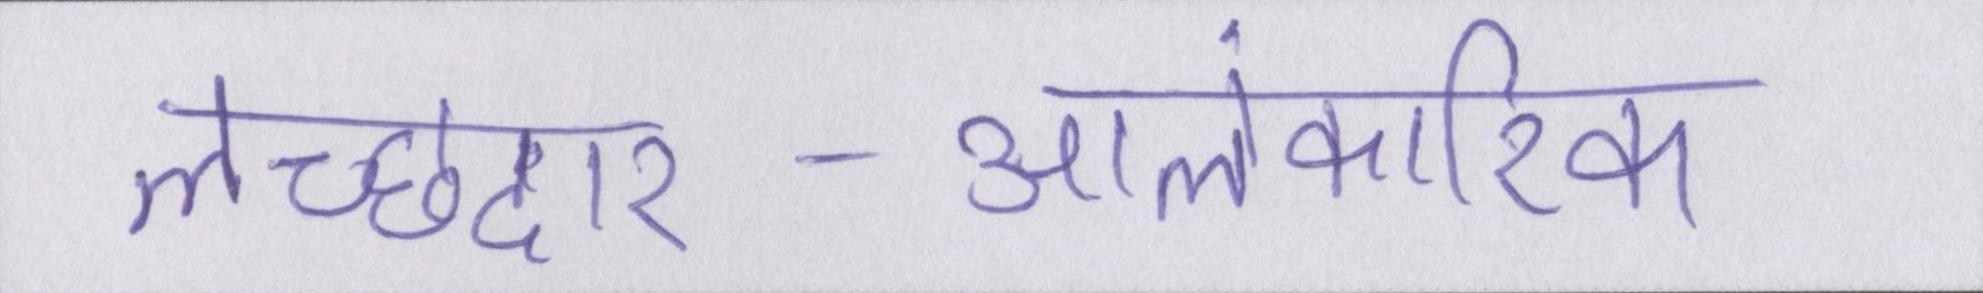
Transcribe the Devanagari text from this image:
लच्छेदार-आलंकारिक